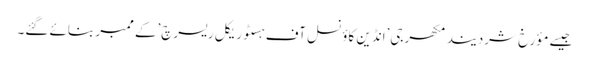
جیسے مؤرخ شردیند مکھرجی’انڈین کاؤنسل آف ہسٹوریکل ریسرچ’کے ممبر بنائے گئے۔